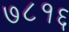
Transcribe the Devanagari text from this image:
७८१६